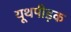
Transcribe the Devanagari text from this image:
यूथपीड़क